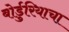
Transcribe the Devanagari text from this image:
बोर्डुरियाचा